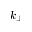
k _ { \perp }